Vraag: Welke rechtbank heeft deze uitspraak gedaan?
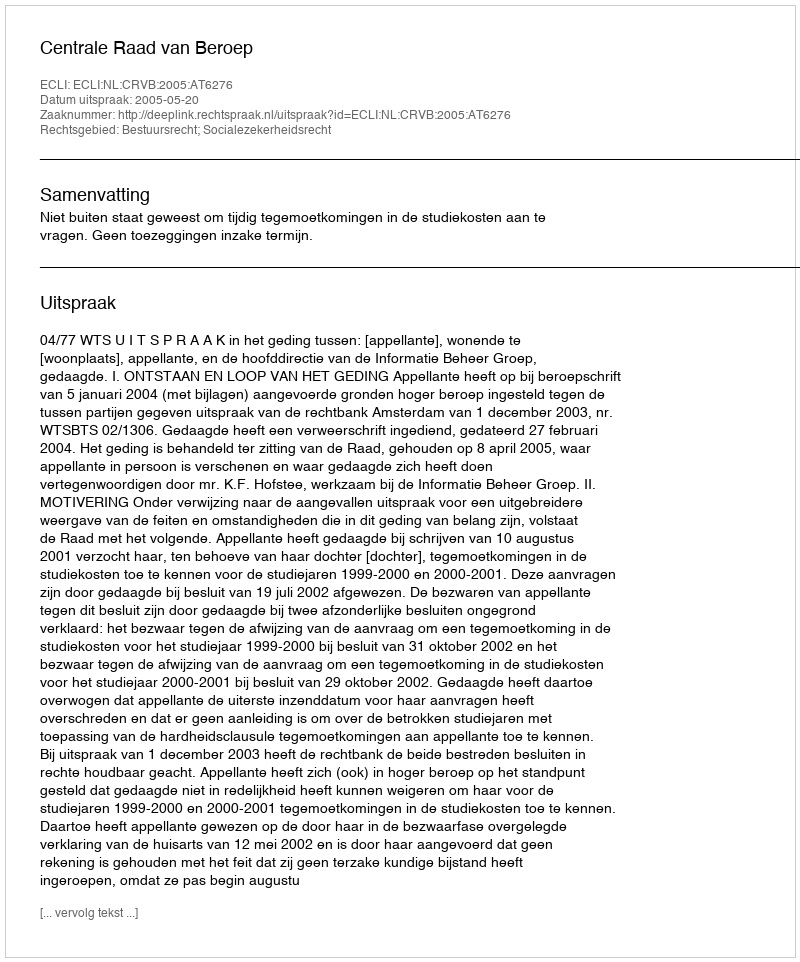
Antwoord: Centrale Raad van Beroep